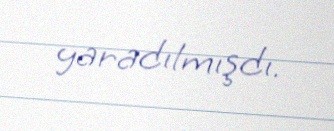
yaradılmışdı.